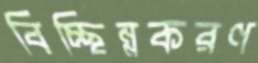
বিচ্ছিন্নকরণ